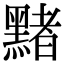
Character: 䵭